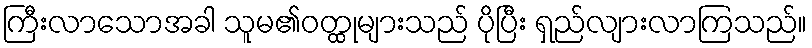
ကြီးလာသောအခါ သူမ၏ဝတ္ထုများသည် ပိုပြီး ရှည်လျားလာကြသည်။